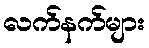
လက်နက်များ